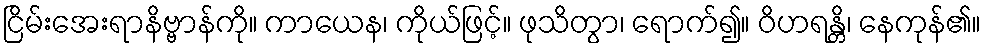
ငြိမ်းအေးရာနိဗ္ဗာန်ကို။ ကာယေန၊ ကိုယ်ဖြင့်။ ဖုသိတွာ၊ ရောက်၍။ ဝိဟရန္တိ၊ နေကုန်၏။